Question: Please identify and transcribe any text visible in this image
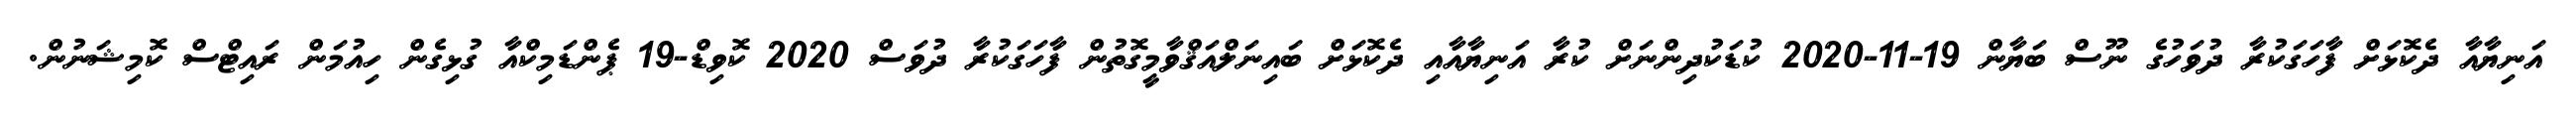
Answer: އަނިޔާއާ ދެކޮޅަށް ފާހަގަކުރާ ދުވަހުގެ ނޫސް ބަޔާން 19-11-2020 ކުޑަކުދިންނަށް ކުރާ އަނިޔާއާއި ދެކޮޅަށް ބައިނަލްއަޤްވާމީގޮތުން ފާހަގަކުރާ ދުވަސް 2020 ކޮވިޑް-19 ޕެންޑަމިކްއާ ގުޅިގެން ހިއުމަން ރައިޓްސް ކޮމިޝަނުން.